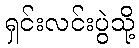
ရှင်းလင်းပွဲသို့